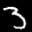
Label: 3